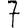
Digit: 7